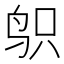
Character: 𱉙